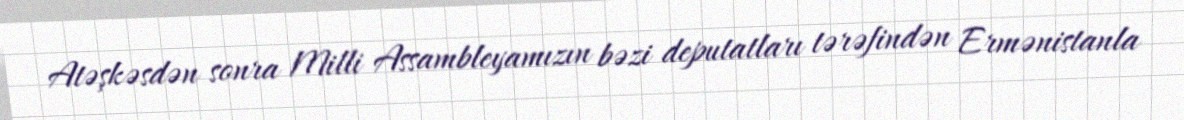
Atəşkəsdən sonra Milli Assambleyamızın bəzi deputatları tərəfindən Ermənistanla